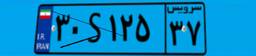
۴۸S۱۶۴۱۲